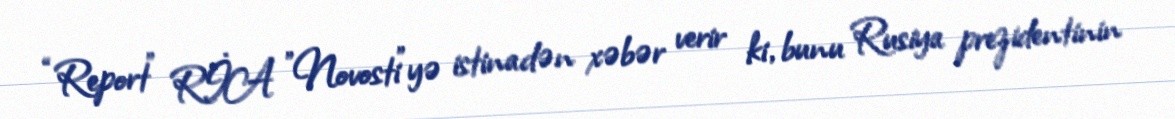
“Report” RİA "Novosti”yə istinadən xəbər verir ki, bunu Rusiya prezidentinin